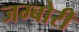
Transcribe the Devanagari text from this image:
जम्बोरी